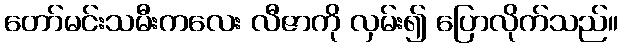
တော်မင်းသမီးကလေး လီဇာကို လှမ်း၍ ပြောလိုက်သည်။